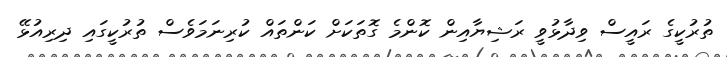
ތުރުކީގެ ރައީސް ވިދާޅުވީ ރަޝިޔާއިން ކޮންމެ ގޮތަކަށް ކަންތައް ކުރިނަމަވެސް ތުރުކީގައި ދިރިއުޅޭ